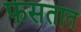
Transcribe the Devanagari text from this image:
फसतात